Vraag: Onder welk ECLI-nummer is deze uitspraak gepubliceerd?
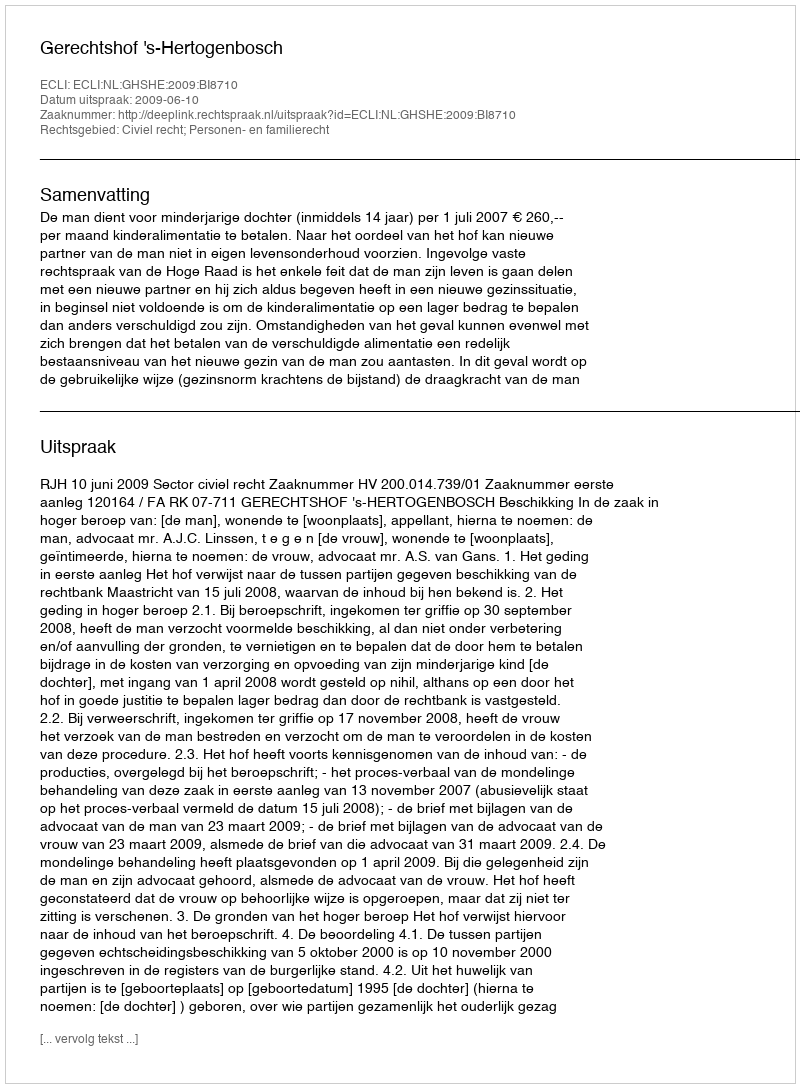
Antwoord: ECLI:NL:GHSHE:2009:BI8710